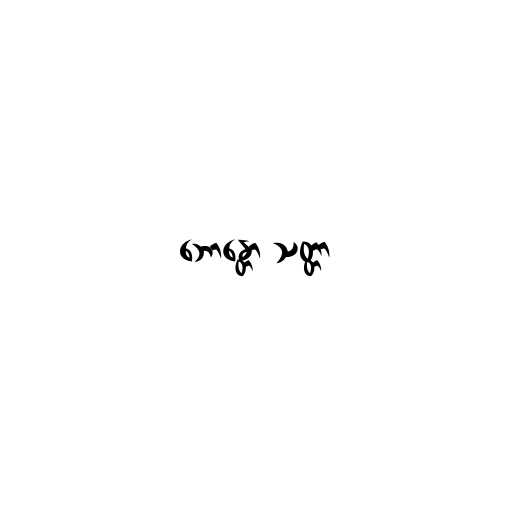
ဘောန္တော သတ္တာ